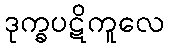
ဒုက္ခပဋိကူလေ